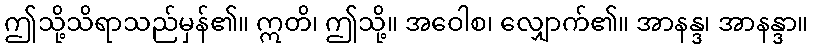
ဤသို့သိရာသည်မှန်၏။ ဣတိ၊ ဤသို့။ အဝေါစ၊ လျှောက်၏။ အာနန္ဒ၊ အာနန္ဒာ။